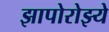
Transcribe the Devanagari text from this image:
झापोरोझ्ये